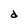
Character: d